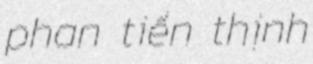
phan tiến thịnh